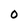
Character: O